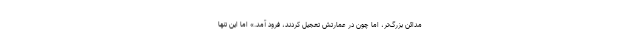
مدائن بزرگ‌تر، اما چون در عمارتش تعجيل كردند، فرود آمد.» اما این تنها